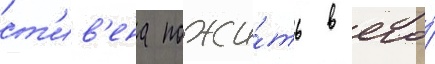
ст'ив'ена пожи́ть в его́